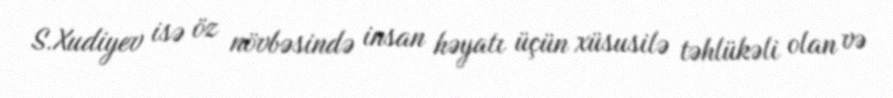
S.Xudiyev isə öz növbəsində insan həyatı üçün xüsusilə təhlükəli olan və